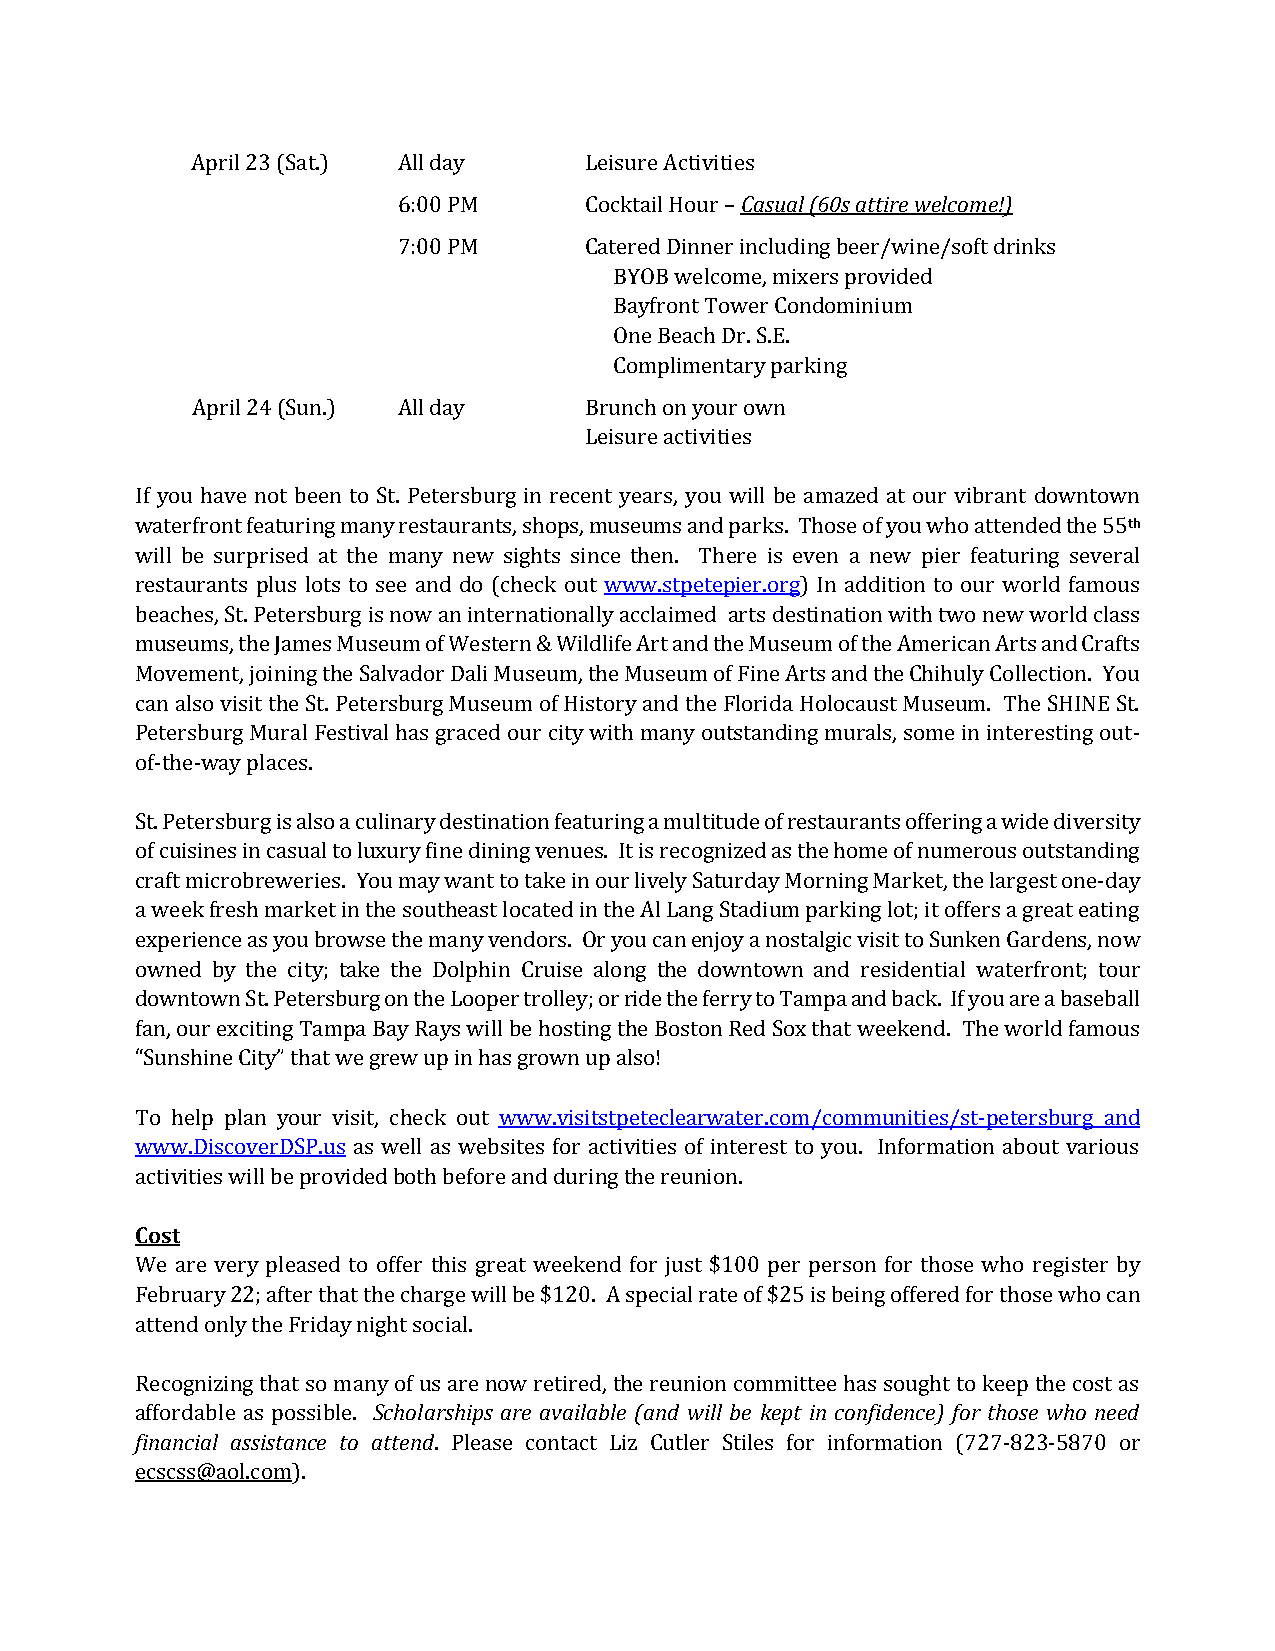
April 23 (Sat.) All day   Leisure Activities
 6:00 PM      Cocktail Hour – Casual (60s attire welcome!)
 7:00 PM      Catered Dinner including beer/wine/soft drinks
 BYOB welcome, mixers provided
 Bayfront Tower Condominium
 One Beach Dr. S.E.
 Complimentary parking
 April 24 (Sun.) All day   Brunch on your own
 Leisure activities
 If you have not been to St. Petersburg in recent years, you will be amazed at our vibrant downtown
 waterfront featuring many restaurants, shops, museums and parks. Those of you who attended the 55th
 will be surprised at the many new sights since then. There is even a new pier featuring several
 restaurants plus lots to see and do (check out www.stpetepier.org) In addition to our world famous
 beaches, St. Petersburg is now an internationally acclaimed arts destination with two new world class
 museums, the James Museum of Western & Wildlife Art and the Museum of the American Arts and Crafts
 Movement, joining the Salvador Dali Museum, the Museum of Fine Arts and the Chihuly Collection. You
 can also visit the St. Petersburg Museum of History and the Florida Holocaust Museum. The SHINE St.
 Petersburg Mural Festival has graced our city with many outstanding murals, some in interesting out-
 of-the-way places.
 St. Petersburg is also a culinary destination featuring a multitude of restaurants offering a wide diversity
 of cuisines in casual to luxury fine dining venues. It is recognized as the home of numerous outstanding
 craft microbreweries. You may want to take in our lively Saturday Morning Market, the largest one-day
 a week fresh market in the southeast located in the Al Lang Stadium parking lot; it offers a great eating
 experience as you browse the many vendors. Or you can enjoy a nostalgic visit to Sunken Gardens, now
 owned by the city; take the Dolphin Cruise along the downtown and residential waterfront; tour
 downtown St. Petersburg on the Looper trolley; or ride the ferry to Tampa and back. If you are a baseball
 fan, our exciting Tampa Bay Rays will be hosting the Boston Red Sox that weekend. The world famous
 “Sunshine City” that we grew up in has grown up also!
 To help plan your visit, check out www.visitstpeteclearwater.com/communities/st-petersburg and
 www.DiscoverDSP.us as well as websites for activities of interest to you. Information about various
 activities will be provided both before and during the reunion.
 Cost
 We are very pleased to offer this great weekend for just $100 per person for those who register by
 February 22; after that the charge will be $120. A special rate of $25 is being offered for those who can
 attend only the Friday night social.
 Recognizing that so many of us are now retired, the reunion committee has sought to keep the cost as
 affordable as possible. Scholarships are available (and will be kept in confidence) for those who need
 financial assistance to attend. Please contact Liz Cutler Stiles for information (727-823-5870 or
 ecscss@aol.com).